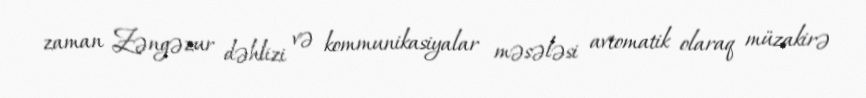
zaman Zəngəzur dəhlizi və kommunikasiyalar məsələsi avtomatik olaraq müzakirə